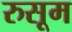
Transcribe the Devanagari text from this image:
रुसूम